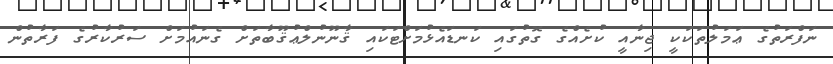
ނަފްރަތުގެ ޢަމަލުތަކަކީ ޖިނާއީ ކުށެއްގެ ގޮތުގައި ކަނޑައެޅުމަށްޓަކައި ޤާނޫނުލްޢުޤޫބާތަށް ގެނައުމަށް ސަރުކާރުގެ ފަރާތުން